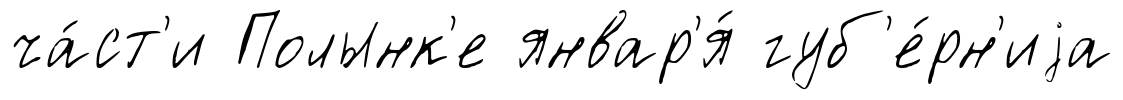
ча́ст'и Полынк'е январ'я́ губ'е́рн'иjа